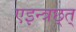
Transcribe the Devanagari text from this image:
एइन्त्रछ्त्